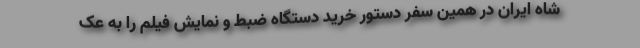
شاه ایران در همین سفر دستور خرید دستگاه ضبط و نمایش فیلم را به عک